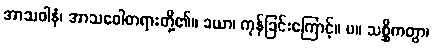
အာသဝါနံ၊ အာသဝေါတရားတို့၏။ ခယာ၊ ကုန်ခြင်းကြောင့်။ ပ။ သစ္ဆိကတွာ၊